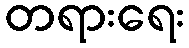
တရားရေး